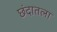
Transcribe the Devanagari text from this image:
छंदातला